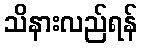
သိနားလည်ရန်